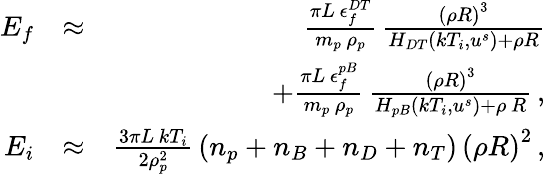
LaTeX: \begin{array}{rlr}{E_{f}}&{\approx}&{\frac{\pi L\, \epsilon_{f}^{DT}}{m_{p}\, \rho_{p}}\, \frac{\left(\rho R\right)^{3}}{H_{DT}\left(kT_{i},u^{s}\right)+\rho R}}\\ &{}&{+\frac{\pi L\, \epsilon_{f}^{pB}}{m_{p}\, \rho_{p}}\, \frac{\left(\rho R\right)^{3}}{H_{pB}\left(kT_{i},u^{s}\right)+\rho\, R}\, ,}\\ {E_{i}}&{\approx}&{\frac{3\pi L\, kT_{i}}{2\rho_{p}^{2}}\, \left(n_{p}+n_{B}+n_{D}+n_{T}\right)\, \left(\rho R\right)^{2}\, ,}\end{array}